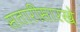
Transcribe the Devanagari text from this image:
सतारीसारखे